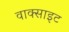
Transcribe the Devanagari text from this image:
वाक्साइट